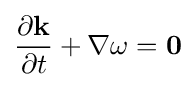
{\frac {\partial \mathbf {k} }{\partial t}}+\nabla \omega =\mathbf {0}